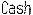
CASH